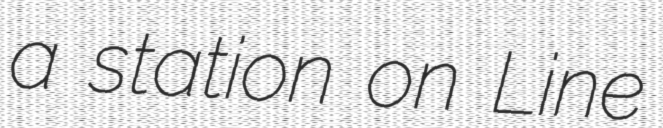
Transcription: a station on Line